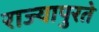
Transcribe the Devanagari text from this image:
राज्यापुरते